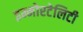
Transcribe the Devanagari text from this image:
इम्मोरटेलिटी